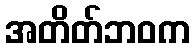
အတိတ်ဘဝက